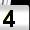
Digit: 4